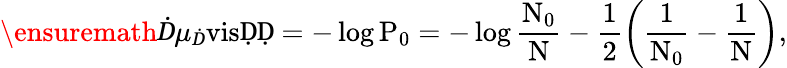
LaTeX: \ensuremath Ḋ\mu_{Ḋ}\mathrm{visḌḌ=-\log P_{0}=-\log\frac{N_{0}}{N}-\frac{1}{2}\left(\frac{1}{N_{0}}-\frac{1}{N}\right),}